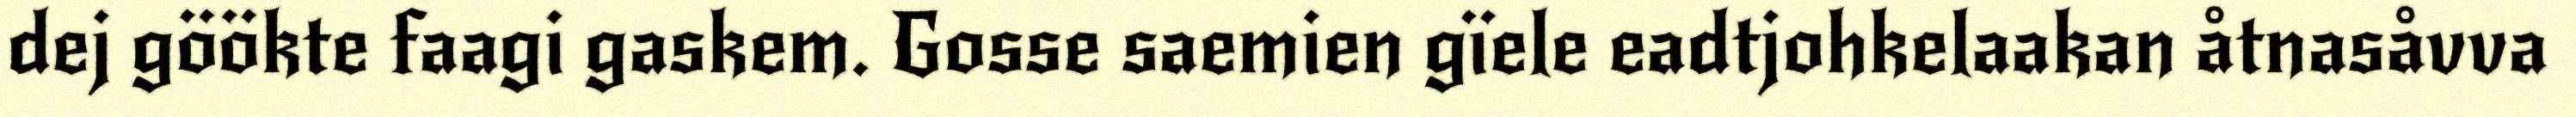
dej göökte faagi gaskem. Gosse saemien gïele eadtjohkelaakan åtnasåvva